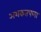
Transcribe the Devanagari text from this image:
अशकतपणा